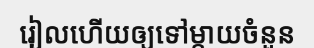
រៀលហើយឲ្យទៅម្តាយចំនួន